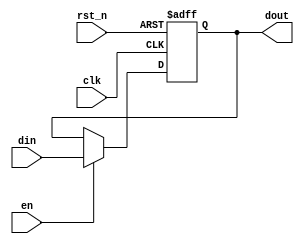
module input_register #(
    parameter WIDTH = 8          // Parameter to define the bit width of the register
)(
    input wire clk,              // Clock signal
    input wire rst_n,            // Active-low asynchronous reset signal
    input wire en,               // Enable signal for capturing input data
    input wire [WIDTH-1:0] din,  // Input data lines
    output reg [WIDTH-1:0] dout  // Output data lines
);

// Sequential logic block
always @(posedge clk or negedge rst_n) begin
    if (!rst_n) begin
        dout <= {WIDTH{1'b0}};    // Reset output to 0
    end else if (en) begin
        dout <= din;              // Capture input on clock edge if enabled
    end
    // If enable is not active, dout retains its previous value
end

endmodule